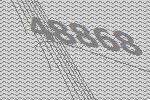
48868